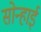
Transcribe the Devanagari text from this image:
सोन्हाई